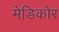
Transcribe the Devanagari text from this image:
मेडिकोर